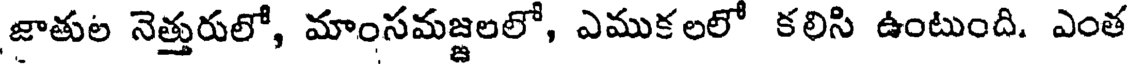
జాతుల నెత్తురులో, మాంసమజ్జలలో, ఎముకలలో కలిసి ఉంటుంది. ఎంత